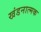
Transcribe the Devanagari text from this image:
खंडनात्मक